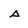
Character: A